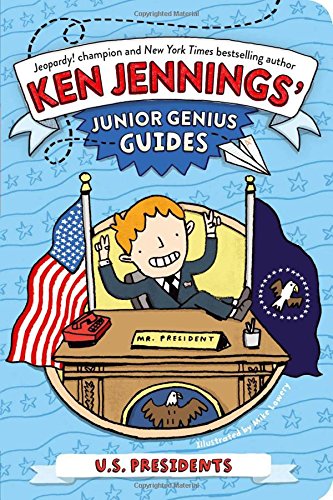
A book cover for U.S. Presidents (Ken Jennings' Junior Genius Guides); Ken Jennings; Children's Books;